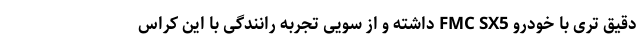
دقیق تری با خودرو FMC SX5 داشته و از سویی تجربه رانندگی با این کراس